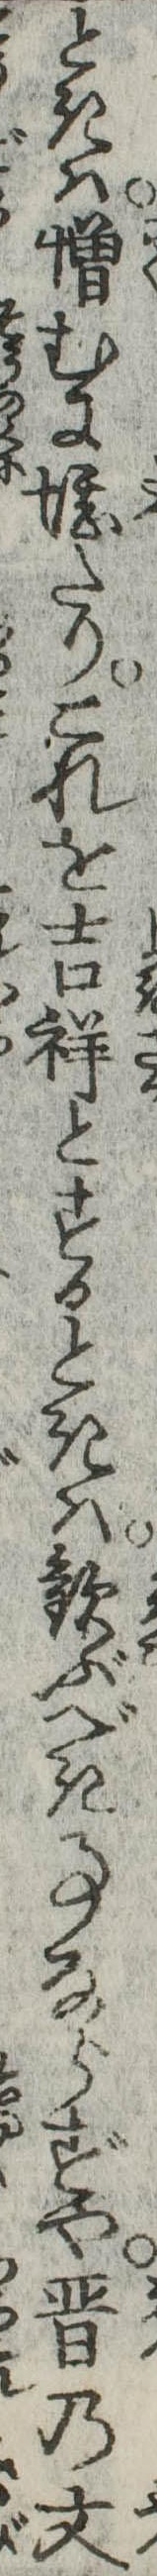
ときは憎むに堪たりこれを吉祥とするときは歓ぶべき事ならずや晋の文